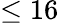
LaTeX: \leq 16